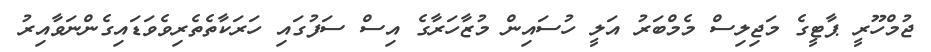
ޖުމްހޫރީ ޕާޓީގެ މަޖިލިސް މެމްބަރު އަލީ ހުސައިން މުޒާހަރާގެ އިސް ސަފުގައި ހަރަކާތެތެރިވެވަޑައިގެންނަވާއިރު